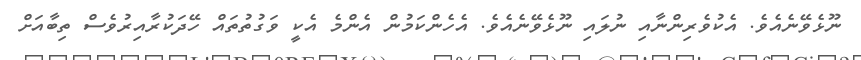
ނޫޅެވޭނެއެވެ. އެކުވެރިންނާއި ނުލައި ނޫޅެވޭނެއެވެ. އެހެންކަމުން އެންމެ އެކީ ވަގުތުތައް ހޭދަކުރާއިރުވެސް ތިބާއަށް